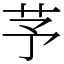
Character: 芧